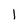
Character: 1